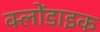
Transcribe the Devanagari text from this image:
क्लोंडाइक